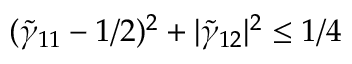
( \tilde { \gamma } _ { 1 1 } - 1 / 2 ) ^ { 2 } + | \tilde { \gamma } _ { 1 2 } | ^ { 2 } \leq 1 / 4